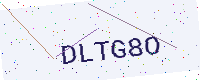
Text: DLTG8O